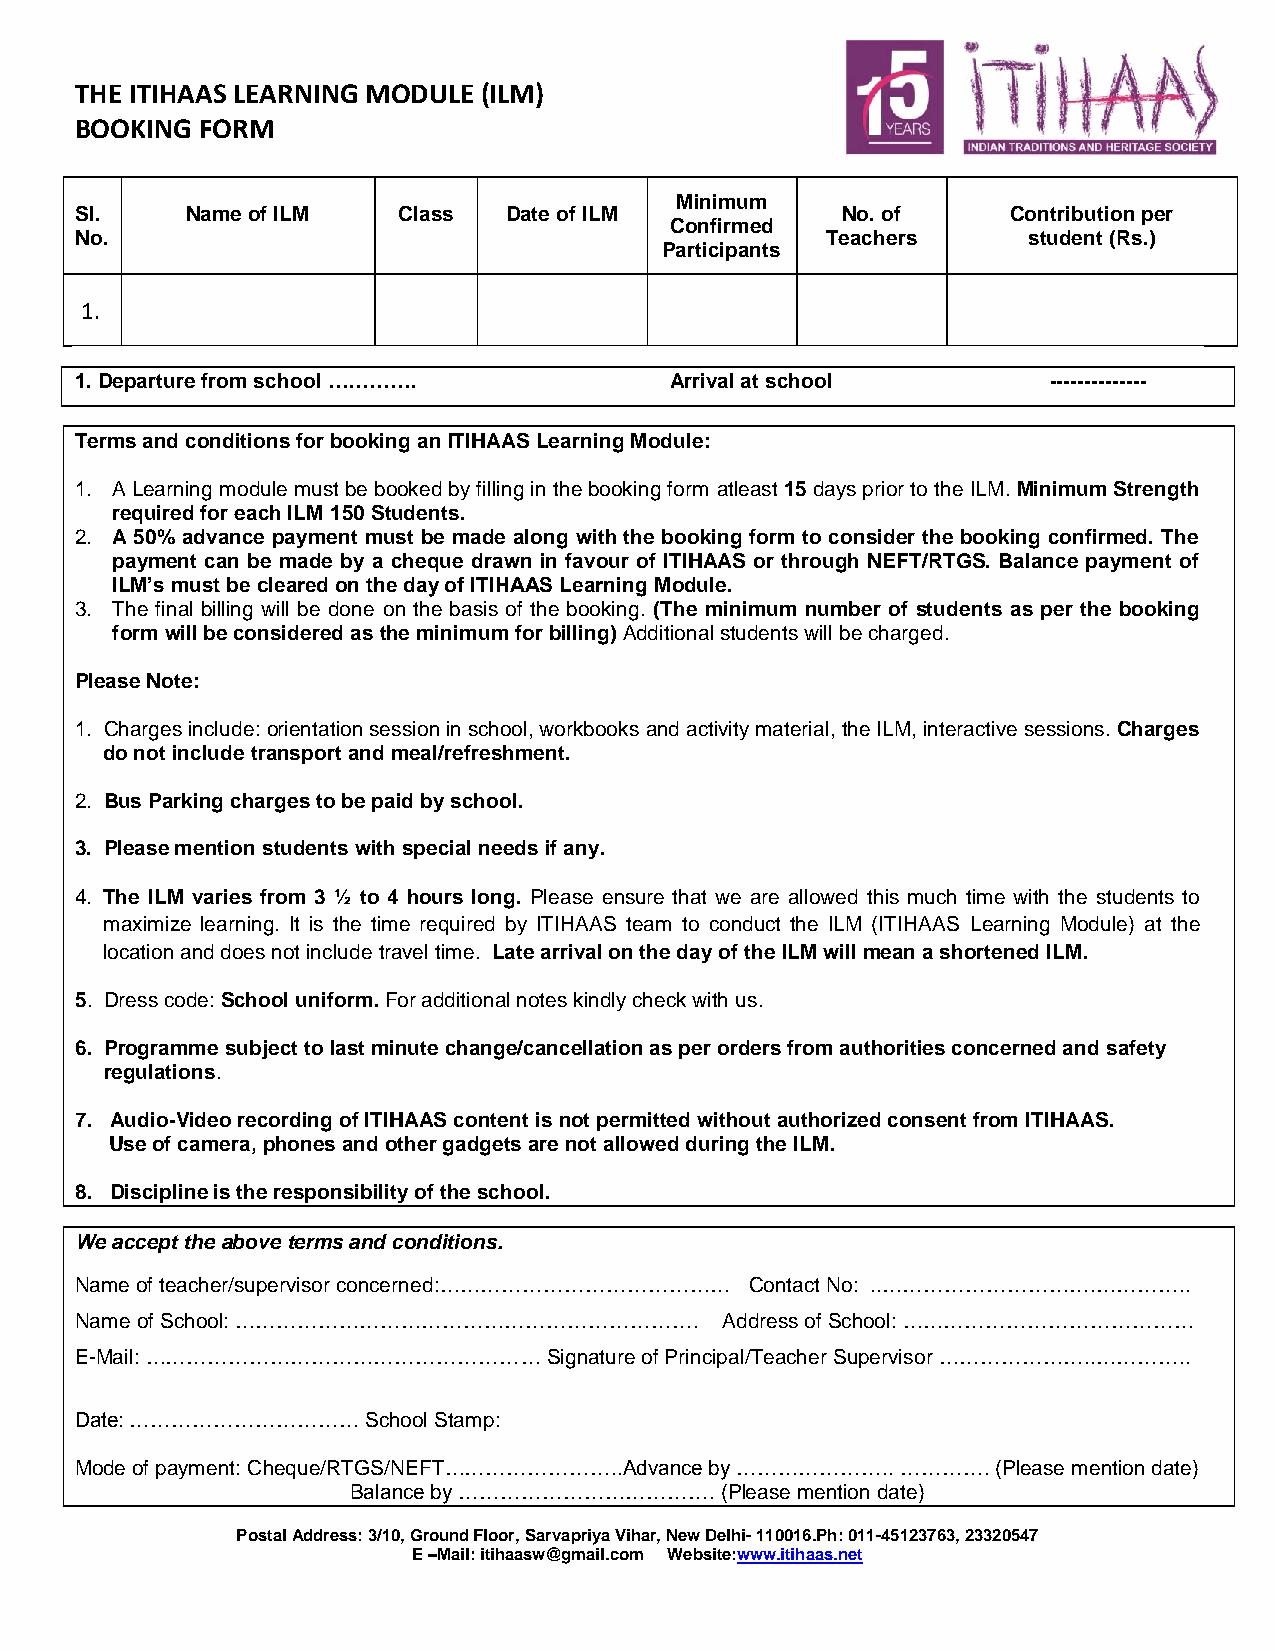
THE ITIHAAS LEARNING MODULE (ILM)
 BOOKING FORM
 Minimum
 Sl.    Name of ILM   Class  Date of ILM            No. of     Contribution per
 Confirmed
 No.                                               Teachers     student (Rs.)
 Participants
 1.
 1. Departure from school ………….         Arrival at school         --------------
 Terms and conditions for booking an ITIHAAS Learning Module:
 1. A Learning module must be booked by filling in the booking form atleast 15 days prior to the ILM. Minimum Strength
 required for each ILM 150 Students.
 2. A 50% advance payment must be made along with the booking form to consider the booking confirmed. The
 payment can be made by a cheque drawn in favour of ITIHAAS or through NEFT/RTGS. Balance payment of
 ILM’s must be cleared on the day of ITIHAAS Learning Module.
 3. The final billing will be done on the basis of the booking. (The minimum number of students as per the booking
 form will be considered as the minimum for billing) Additional students will be charged.
 Please Note:
 1. Charges include: orientation session in school, workbooks and activity material, the ILM, interactive sessions. Charges
 do not include transport and meal/refreshment.
 2. Bus Parking charges to be paid by school.
 3. Please mention students with special needs if any.
 4. The ILM varies from 3 ½ to 4 hours long. Please ensure that we are allowed this much time with the students to
 maximize learning. It is the time required by ITIHAAS team to conduct the ILM (ITIHAAS Learning Module) at the
 location and does not include travel time. Late arrival on the day of the ILM will mean a shortened ILM.
 5. Dress code: School uniform. For additional notes kindly check with us.
 6. Programme subject to last minute change/cancellation as per orders from authorities concerned and safety
 regulations.
 7. Audio-Video recording of ITIHAAS content is not permitted without authorized consent from ITIHAAS.
 Use of camera, phones and other gadgets are not allowed during the ILM.
 8. Discipline is the responsibility of the school.
 We accept the above terms and conditions.
 Name of teacher/supervisor concerned:…………………………………… Contact No: ..………………………….…………..
 Name of School: ………………………………………………………….    Address of School: ……………………………………
 E-Mail: …………………………………………………    Signature of Principal/Teacher Supervisor …………………..…………..
 Date: ……………………………  School Stamp:
 Mode of payment: Cheque/RTGS/NEFT……………………..Advance by ………………….. …………. (Please mention date)
 Balance by ………………………………. (Please mention date)
 Postal Address: 3/10, Ground Floor, Sarvapriya Vihar, New Delhi- 110016.Ph: 011-45123763, 23320547
 E –Mail: itihaasw@gmail.com Website:www.itihaas.net